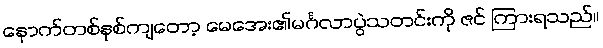
နောက်တစ်နှစ်ကျတော့ မေအေး၏မင်္ဂလာပွဲသတင်းကို ဇင် ကြားရသည်။